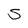
Character: 5